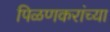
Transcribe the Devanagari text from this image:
पिळणकरांच्या